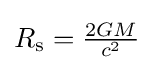
\textstyle R_{\text{s}}={\frac {2GM}{c^{2}}}